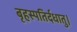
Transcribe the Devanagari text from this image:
बृहस्पतिर्दधातु।